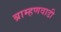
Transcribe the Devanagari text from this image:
ब्राम्हणवाडी